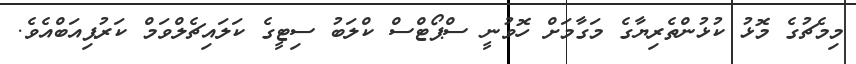
މިމެޗުގެ މޮޅު ކުޅުންތެރިޔާގެ މަގާމަށް ހޮވުނީ ސްޕޯޓްސް ކްލަބު ސިޓީގެ ކަލައިޗެލްވަމް ކަރުޕިއަބްއެވެ.